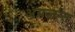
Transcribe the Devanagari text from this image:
अयजन्त